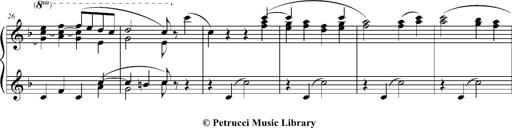
Title: Ave Maria d' Arcadelt
Composer: Franz Liszt